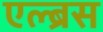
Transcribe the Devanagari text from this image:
एल्ब्रस